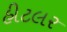
હીટલર